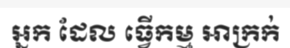
អ្នក ដែល ធ្វើកម្ម អាក្រក់